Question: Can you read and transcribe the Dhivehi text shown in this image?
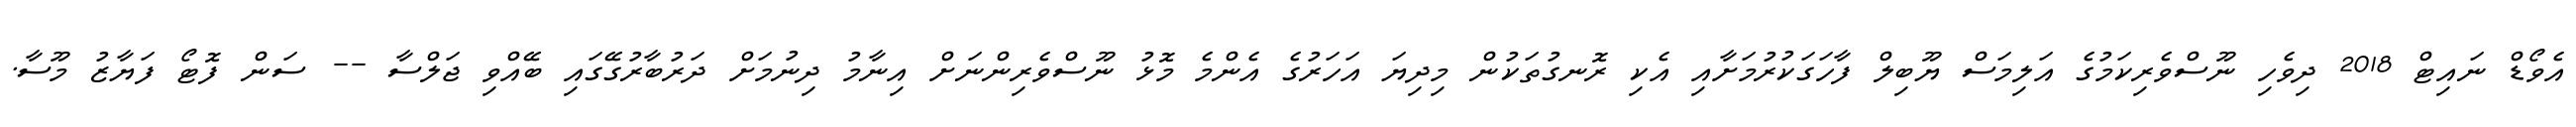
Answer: އެވޯޑް ނައިޓް 2018 ދިވެހި ނޫސްވެރިކަމުގެ އަލިމަސް ޔޫބިލް ފާހަގަކުރުމަށާއި އެކި ރޮނގުތަކުން މިދިޔަ އަހަރުގެ އެންމެ މޮޅު ނޫސްވެރިންނަށް އިނާމު ދިނުމަށް ދަރުބާރުގޭގައި ބޭއްވި ޖަލްސާ -- ސަން ފޮޓޯ ފަޔާޒު މޫސާ.